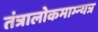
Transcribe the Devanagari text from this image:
तंत्रालोकमाम्न्यत्र